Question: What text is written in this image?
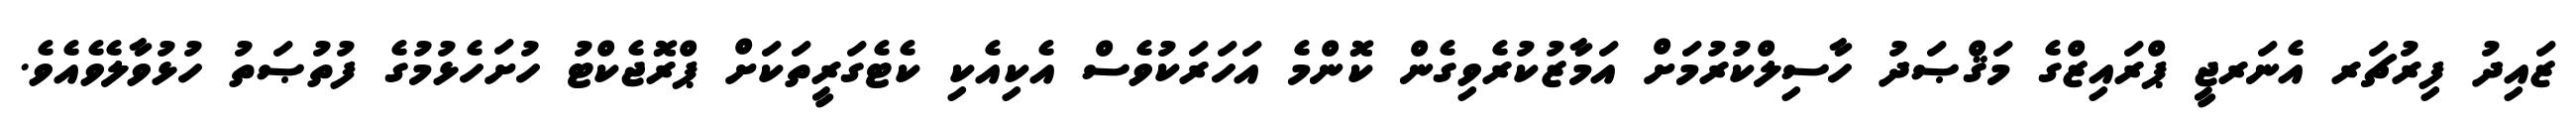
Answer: ޒައިދު ފިރުޗަރ އެނަރޖީ ޕްރައިޒްގެ މަޤްޞަދު ހާސިލްކުރުމަށް އަމާޒުކުރެވިގެން ކޮންމެ އަހަރަކުވެސް އެކިއެކި ކެޓެގަރީތަކަށް ޕްރޮޖެކްޓު ހުށަހެޅުމުގެ ފުތުޞަތު ހުޅުވާލެވެއެވެ.